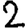
Digit: 2